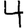
Digit: 4